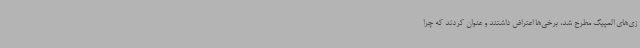
زی‌های المپیک مطرح شد، برخی‌ها اعتراض داشتند و عنوان کردند که چرا